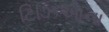
ટિઝિઆના